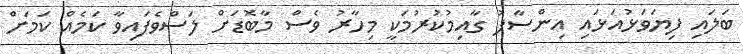
ބަލައި ފިޔަވަޅުއަޅައި އިންސާފު ގާއިމުކުރުމަކީ މިހާރު ވެސް މާބޮޑަށް ލަސްވެފައިވާ ކަމެއް ކަމަށް